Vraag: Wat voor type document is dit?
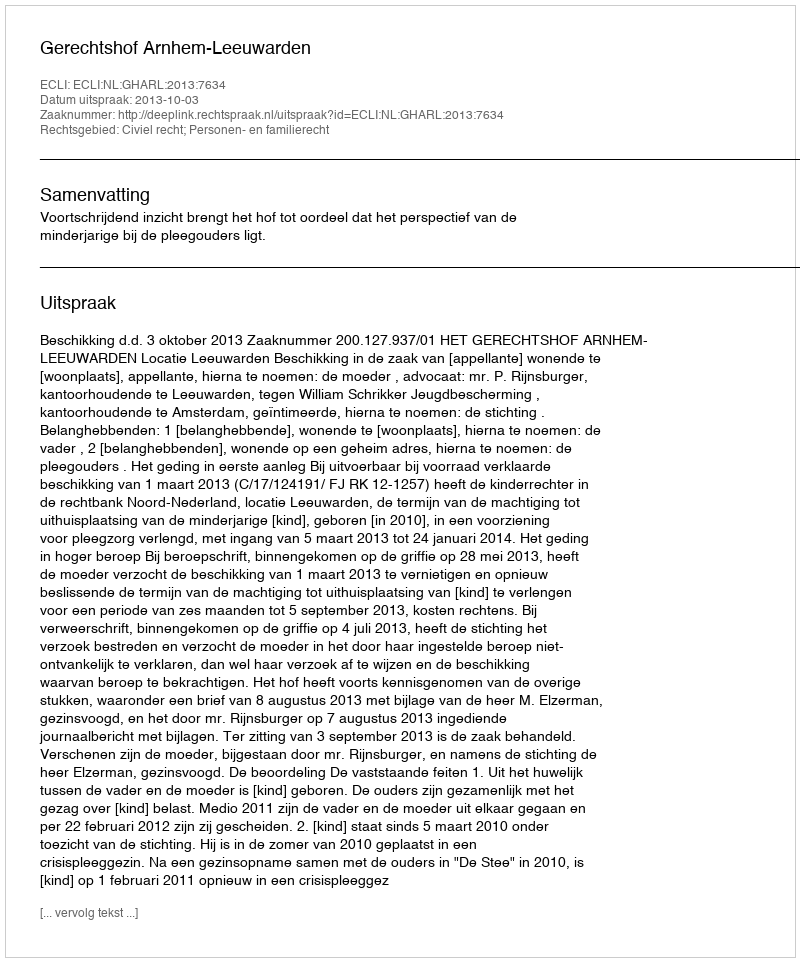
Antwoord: Uitspraak